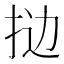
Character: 𫼯